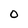
Character: 0